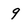
Character: 9